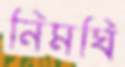
নিমঘি